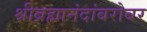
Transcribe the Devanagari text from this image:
श्रीब्रह्मानंदांबरोबर